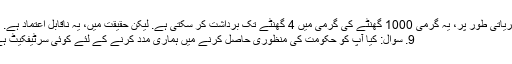
A: نظریاتی طور پر، یہ گرمی 1000 گھنٹے کی گرمی میں 4 گھنٹے تک برداشت کر سکتی ہے. لیکن حقیقت میں، یہ ناقابل اعتماد ہے.
9. سوال: کیا آپ کو حکومت کی منظوری حاصل کرنے میں ہماری مدد کرنے کے لئے کوئی سرٹیفکیٹ ہے؟